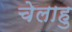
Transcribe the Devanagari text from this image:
चेलाहु